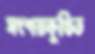
সংশয়কুণ্ঠিত